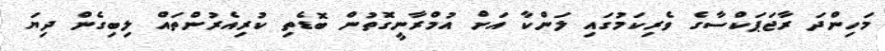
މަހިންދަ ރާޖަޕަކްސާގެ ވެރިކަމުގައި ލަންކާ އަށް އުމްރާނީގޮތުން ބޮޑެތި ކުރިއެރުންތައް ލިބިގެން ދިޔަ